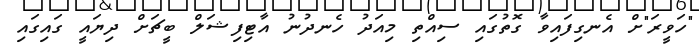
"ހަވީރަ"ށް އެނގިފައިވާ ގޮތުގައި ސިއްތި މިއަދު ހެނދުނު އާޓިފިޝަލް ބީޗަށް ދިޔައީ ގައިގައި